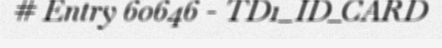
# Entry 60646 - TD1_ID_CARD